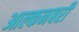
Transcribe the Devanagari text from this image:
आल्कनबरी